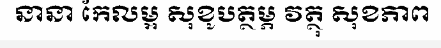
នានា កែលម្អ សុខូបត្ថម្ភ វត្ថុ សុខភាព